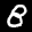
Label: 8